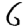
Digit: 6